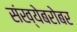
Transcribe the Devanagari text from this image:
संख्येबरोबर